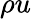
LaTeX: \rho u